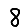
Digit: 8